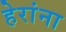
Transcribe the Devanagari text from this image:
हेरांना